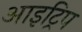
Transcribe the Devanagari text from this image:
आइट्रिप